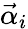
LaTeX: {\vec{\alpha}}_{i}